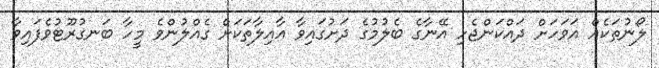
ލޯނުތަކެއް އަވަހަށް ދައްކަންޖެހި އޭނާގެ ބެލުމުގެ ދަށުގައިވާ އާއިލާތަކަށް ގެއްލުންވެ މީހާ ބަނގުރޫޓުވެފައިވާ